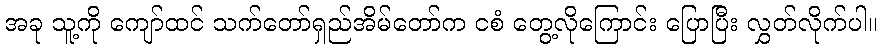
အခု သူ့ကို ကျော်ထင် သက်တော်ရှည်အိမ်တော်က ငစံ တွေ့လိုကြောင်း ပြောပြီး လွှတ်လိုက်ပါ။